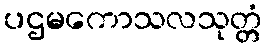
ပဌမကောသလသုတ္တံ